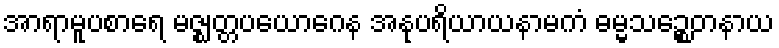
အာရာမူပစာရေ မဇ္ဈတ္တပယောဂေန အနုပရိယာယနာမကံ ဓမ္မသဉ္စေတနာယ